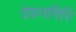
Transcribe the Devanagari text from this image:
देवनगिरि